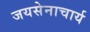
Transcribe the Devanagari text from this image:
जयसेनाचार्य